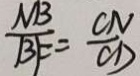
\frac { M B } { B F } = \frac { C N } { C D }